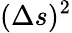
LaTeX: (\Delta{s})^{2}